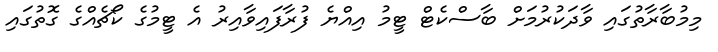
މިމުބާރާތުގައި ވާދަކުރުމަށް ބާސްކެޓް ޓީމު އިއްޔެ ފުރާފައިވާއިރު އެ ޓީމުގެ ކޯޗެއްގެ ގޮތުގައި